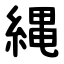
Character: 縄